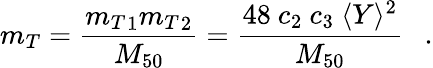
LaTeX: m_{T}=\frac{{{m_{T}}_{1}}{{m_{T}}_{2}}}{M_{50}}=\frac{48~c_{2}~c_{3}~\langle Y\rangle^{2}}{M_{50}}~~~.